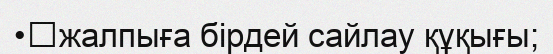
•	жалпыға бірдей сайлау құқығы;